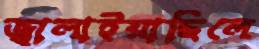
জ্বালাইয়াছিলে